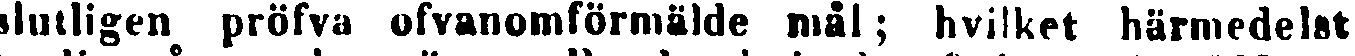
slutligen pröfva ofvanomförmälde mål; hvilket härmedelst